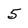
Character: 5